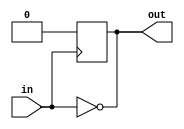
module open_drain_inverter (
    input wire in,
    output reg out
);

assign out = ~in; // inverter circuit

always @ (posedge in)
begin
    if (in)
        out <= 1'b0; // drive output low when input is high
    else
        out <= 1'bx; // let output float when input is low
end

endmodule